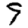
Digit: 9